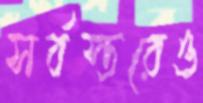
সর্বস্তরেও